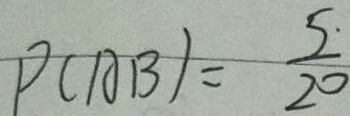
P ( A B ) = \frac { 5 \cdot } { 2 0 }